Report on vaccination in Madras 1877-1894 - 1877-1894
Year: 1877
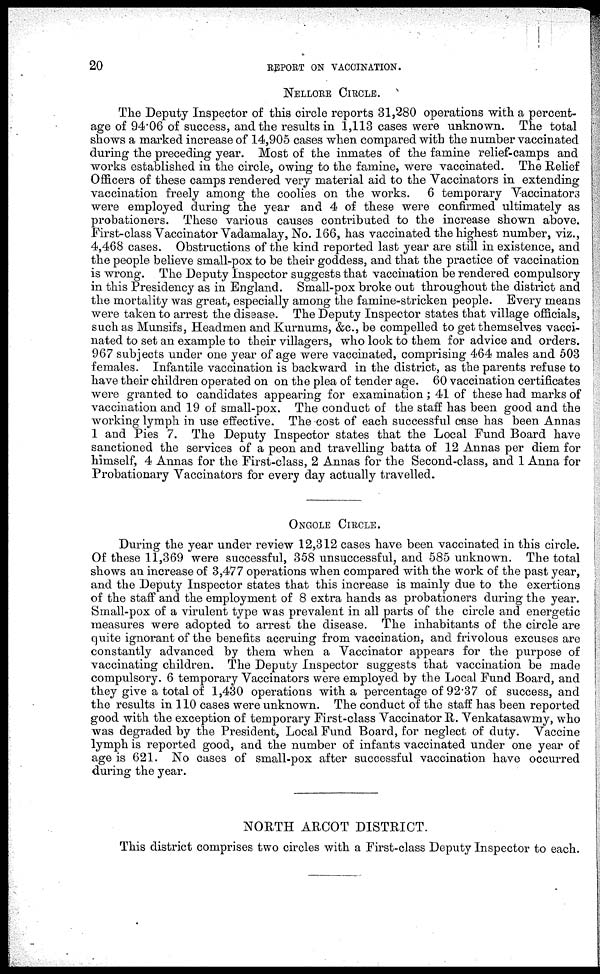
20
REPORT ON VACCINATION.
NELLORE CIRCLE.
The Deputy Inspector of this circle reports 31,280 operations with a percent-
age of 94.06 of success, and the results in 1,113 cases were unknown. The total
shows a marked increase of 14,905 cases when compared with the number vaccinated
during the preceding year. Most of the inmates of the famine relief-camps and
works established in the circle, owing to the famine, were vaccinated. The Relief
Officers of these camps rendered very material aid to the Vaccinators in extending
vaccination freely among the coolies on the works. 6 temporary Vaccinators
were employed during the year and 4 of these were confirmed ultimately as
probationers. These various causes contributed to the increase shown above.
First-class Vaccinator Vadamalay, No. 166, has vaccinated the highest number, viz.,
4,468 cases. Obstructions of the kind reported last year are still in existence, and
the people believe small-pox to be their goddess, and that the practice of vaccination
is wrong. The Deputy Inspector suggests that vaccination be rendered compulsory
in this Presidency as in England. Small-pox broke out throughout the district and
the mortality was great, especially among the famine-stricken people. Every means
were taken to arrest the disease. The Deputy Inspector states that village officials,
such as Munsifs, Headmen and Kurnums, &c., be compelled to get themselves vacci-
nated to set an example to their villagers, who look to them for advice and orders.
967 subjects under one year of age were vaccinated, comprising 464 males and 503
females. Infantile vaccination is backward in the district, as the parents refuse to
have their children operated on on the plea of tender age. 60 vaccination certificates
were granted to candidates appearing for examination ; 41 of these had marks of
vaccination and 19 of small-pox. The conduct of the staff has been good and the
working lymph in use effective. The cost of each successful case has been Annas
1 and Pies 7. The Deputy Inspector states that the Local Fund Board have
sanctioned the services of a peon and travelling batta of 12 Annas per diem for
himself, 4 Annas for the First-class, 2 Annas for the Second-class, and 1 Anna for
Probationary Vaccinators for every day actually travelled.
ONGOLE CIRCLE.
During the year under review 12,312 cases have been vaccinated in this circle.
Of these 11,369 were successful, 358 unsuccessful, and 585 unknown. The total
shows an increase of 3,477 operations when compared with the work of the past year,
and the Deputy Inspector states that this increase is mainly due to the exertions
of the staff and the employment of 8 extra hands as probationers during the year.
Small-pox of a virulent type was prevalent in all parts of the circle and energetic
measures were adopted to arrest the disease. The inhabitants of the circle are
quite ignorant of the benefits accruing from vaccination, and frivolous excuses are
constantly advanced by them when a Vaccinator appears for the purpose of
vaccinating children. The Deputy Inspector suggests that vaccination be made
compulsory. 6 temporary Vaccinators were employed by the Local Fund Board, and
they give a total of 1,430 operations with a percentage of 92.37 of success, and
the results in 110 cases were unknown. The conduct of the staff has been reported
good with the exception of temporary First-class Vaccinator R. Venkatasawmy, who
was degraded by the President, Local Fund Board, for neglect of duty. Vaccine
lymph is reported good, and the number of infants vaccinated under one year of
age is 621. No cases of small-pox after successful vaccination have occurred
during the year.
NORTH ARCOT DISTRICT.
This district comprises two circles with a First-class Deputy Inspector to each.